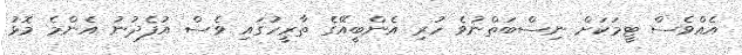
އެއްވެސް ޓީމަކަށް ނިސްބަތްނުވެ ހުރި އެންބީއޭގެ ތާރީހުގައި ވެސް އުފެދުނު އެންމެ މޮޅު